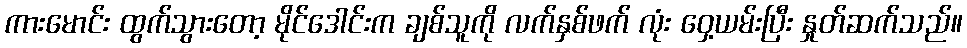
ကားမောင်း ထွက်သွားတော့ မိုင်ဒေါင်းက ချစ်သူကို လက်နှစ်ဖက် လုံး ဝှေ့ယမ်းပြီး နှုတ်ဆက်သည်။